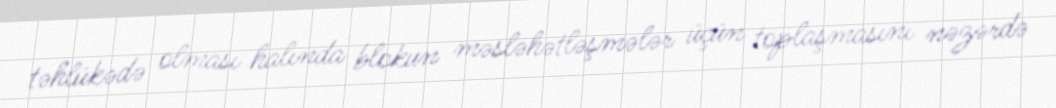
təhlükədə olması halında blokun məsləhətləşmələr üçün toplaşmasını nəzərdə